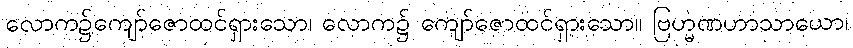
လောက၌ကျော်ဇောထင်ရှားသော၊ လောက၌ ကျော်ဇောထင်ရှားသော။ ဗြဟ္မဏဟာသာယော၊